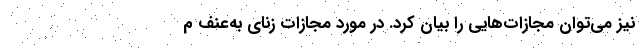
نیز می‌توان مجازات‌هایی را بیان کرد. در مورد مجازات زنای به‌عنف م